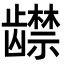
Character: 𬺔